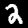
Label: 2